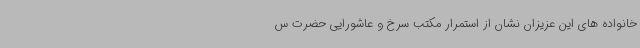
خانواده های این عزیزان نشان از استمرار مکتب سرخ و عاشورایی حضرت س